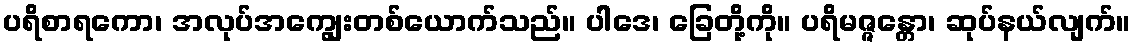
ပရိစာရကော၊ အလုပ်အကျွေးတစ်ယောက်သည်။ ပါဒေ၊ ခြေတို့ကို။ ပရိမဇ္ဇန္တော၊ ဆုပ်နယ်လျက်။